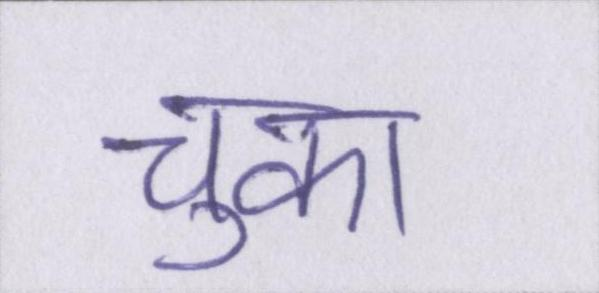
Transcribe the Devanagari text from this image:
चुका